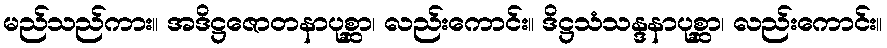
မည်သည်ကား။ အဒိဋ္ဌဇောတနာပုစ္ဆာ၊ လည်းကောင်း။ ဒိဋ္ဌသံသန္ဒနာပုစ္ဆာ၊ လည်းကောင်း။